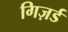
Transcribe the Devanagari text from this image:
गिज़र्ड